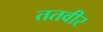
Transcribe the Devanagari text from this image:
ततवीर